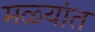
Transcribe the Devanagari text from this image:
मळ्यांत